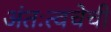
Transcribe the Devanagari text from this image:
अंतःत्वचेची